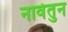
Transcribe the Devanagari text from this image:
नावेतुन